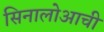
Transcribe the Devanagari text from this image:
सिनालोआची